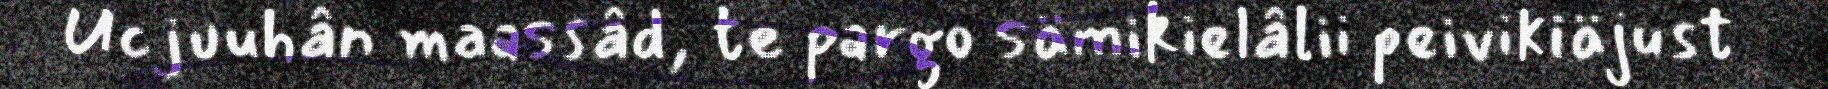
Ucjuuhân maassâd, te pargo sämikielâlii peivikiäjust